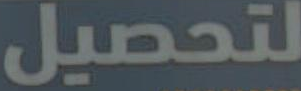
لتحصيل